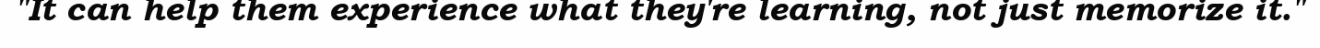
"It can help them experience what they're learning, not just memorize it."